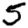
Digit: 5